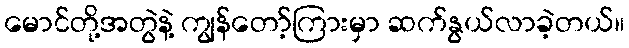
မောင်တို့အတွဲနဲ့ ကျွန်တော့်ကြားမှာ ဆက်နွယ်လာခဲ့တယ်။